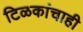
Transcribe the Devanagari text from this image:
टिळकांचाही